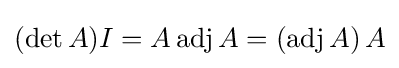
(\det A)I=A\operatorname {adj} A=(\operatorname {adj} A)\,A